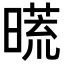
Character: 𣊀